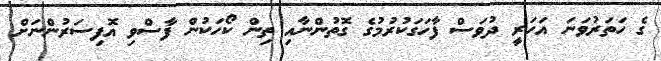
ގެ ހަތަރުވަނަ އަހަރީ ދުވަސް ފާހަގަކުރުމުގެ ގޮތުންނާއި ތިން ކޯހަކުން ފާސްވި އޮފިސަރުންނަށް